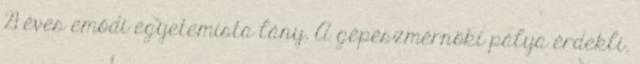
21 éves emődi egyetemista lány. A gépészmérnöki pálya érdekli.